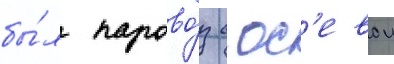
бы́л парово́з с ос'евои